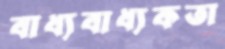
বাধ্যবাধ্যকতা